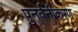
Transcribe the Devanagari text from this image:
पुनर्वनीकरण